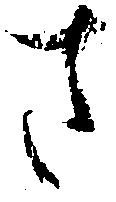
さ